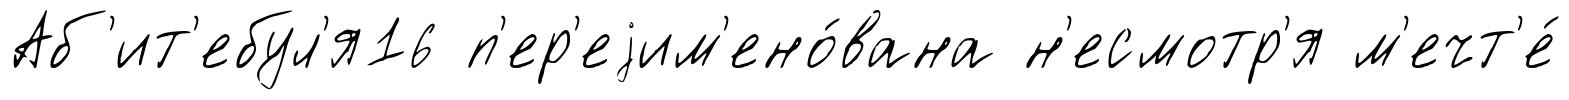
Аб'ит'ебул'я16 п'ер'еjим'ено́вана н'есмотр'я м'ечт'е́